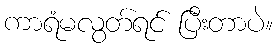
ကာရံမလွတ်ရင် ပြီးတာပဲ။